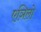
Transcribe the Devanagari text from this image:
एञिलो